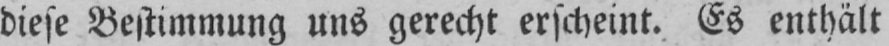
diese Bestimmung uns gerecht erscheint. Es enthält